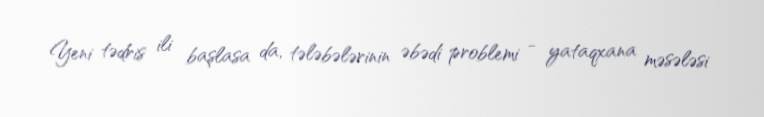
Yeni tədris ili başlasa da, tələbələrinin əbədi problemi - yataqxana məsələsi